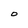
Character: O